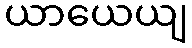
ယာယေယျ